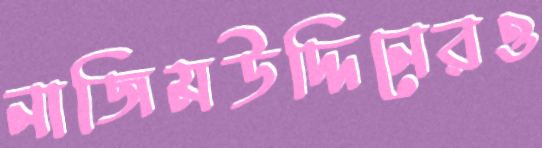
নাজিমউদ্দিনেরও